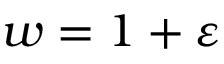
w = 1 + \varepsilon